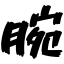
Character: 腕